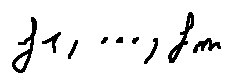
f _ { 1 } , \ldots , f _ { m }